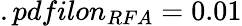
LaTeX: .pdfilon_{RFA}=0.01